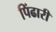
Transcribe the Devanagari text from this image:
पिंढारी